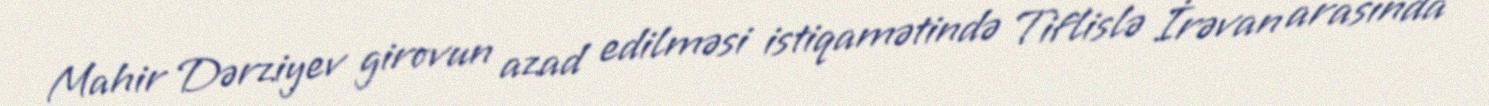
Mahir Dərziyev girovun azad edilməsi istiqamətində Tiflislə İrəvan arasında